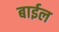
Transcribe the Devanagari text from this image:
बाईल